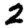
Digit: 2